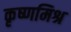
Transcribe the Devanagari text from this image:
कृष्णमिश्र